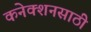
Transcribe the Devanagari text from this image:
कनेक्शनसाठी